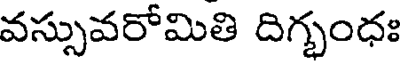
వస్సువరోమితి దిగ్భంధః